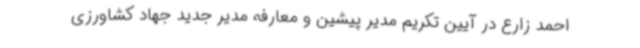
احمد زارع در آیین تکریم مدیر پیشین و معارفه مدیر جدید جهاد کشاورزی